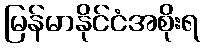
မြန်မာနိုင်ငံအစိုးရ